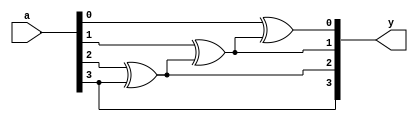
module and_gate(a,y);
input [3:0]a;
output [3:0]y;

assign y[0]=a[0]^y[1];
assign y[1]=a[1]^y[2];
assign y[2]=a[2]^a[3];
assign y[3]=a[3];
endmodule